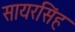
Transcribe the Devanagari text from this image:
सायरसिंह